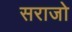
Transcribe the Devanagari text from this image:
सराजो